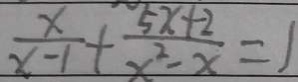
\frac { x } { x - 1 } + \frac { 5 x + 2 } { x ^ { 2 } - x } = 1